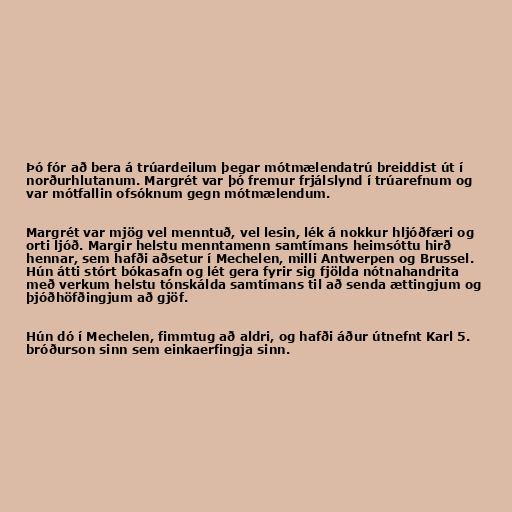
Þó fór að bera á trúardeilum þegar mótmælendatrú breiddist út í
norðurhlutanum. Margrét var þó fremur frjálslynd í trúarefnum og
var mótfallin ofsóknum gegn mótmælendum.

Margrét var mjög vel menntuð, vel lesin, lék á nokkur hljóðfæri og
orti ljóð. Margir helstu menntamenn samtímans heimsóttu hirð
hennar, sem hafði aðsetur í Mechelen, milli Antwerpen og Brussel.
Hún átti stórt bókasafn og lét gera fyrir sig fjölda nótnahandrita
með verkum helstu tónskálda samtímans til að senda ættingjum og
þjóðhöfðingjum að gjöf.

Hún dó í Mechelen, fimmtug að aldri, og hafði áður útnefnt Karl 5.
bróðurson sinn sem einkaerfingja sinn.